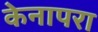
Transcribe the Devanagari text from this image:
केनापरा